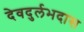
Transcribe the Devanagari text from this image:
देवदुर्लभदास